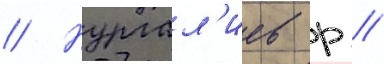
// Нургал'иев р //